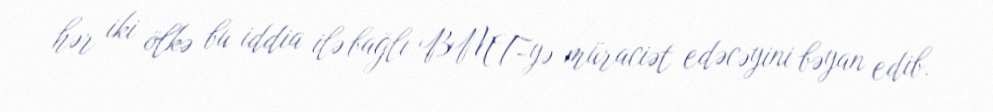
hər iki ölkə bu iddia ilə bağlı BMT-yə müraciət edəcəyini bəyan edib.